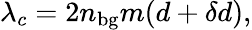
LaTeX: \lambda_{c}=2n_{\mathrm{{bg}}}m(d+\delta d),